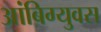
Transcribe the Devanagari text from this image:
आंबिग्युवस